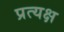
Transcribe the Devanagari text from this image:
प्रत्यक्ष